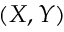
( X , Y )